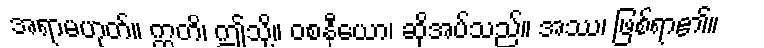
အရာမဟုတ်။ ဣတိ၊ ဤသို့။ ဝစနီယော၊ ဆိုအပ်သည်။ အဿ၊ ဖြစ်ရာ၏။